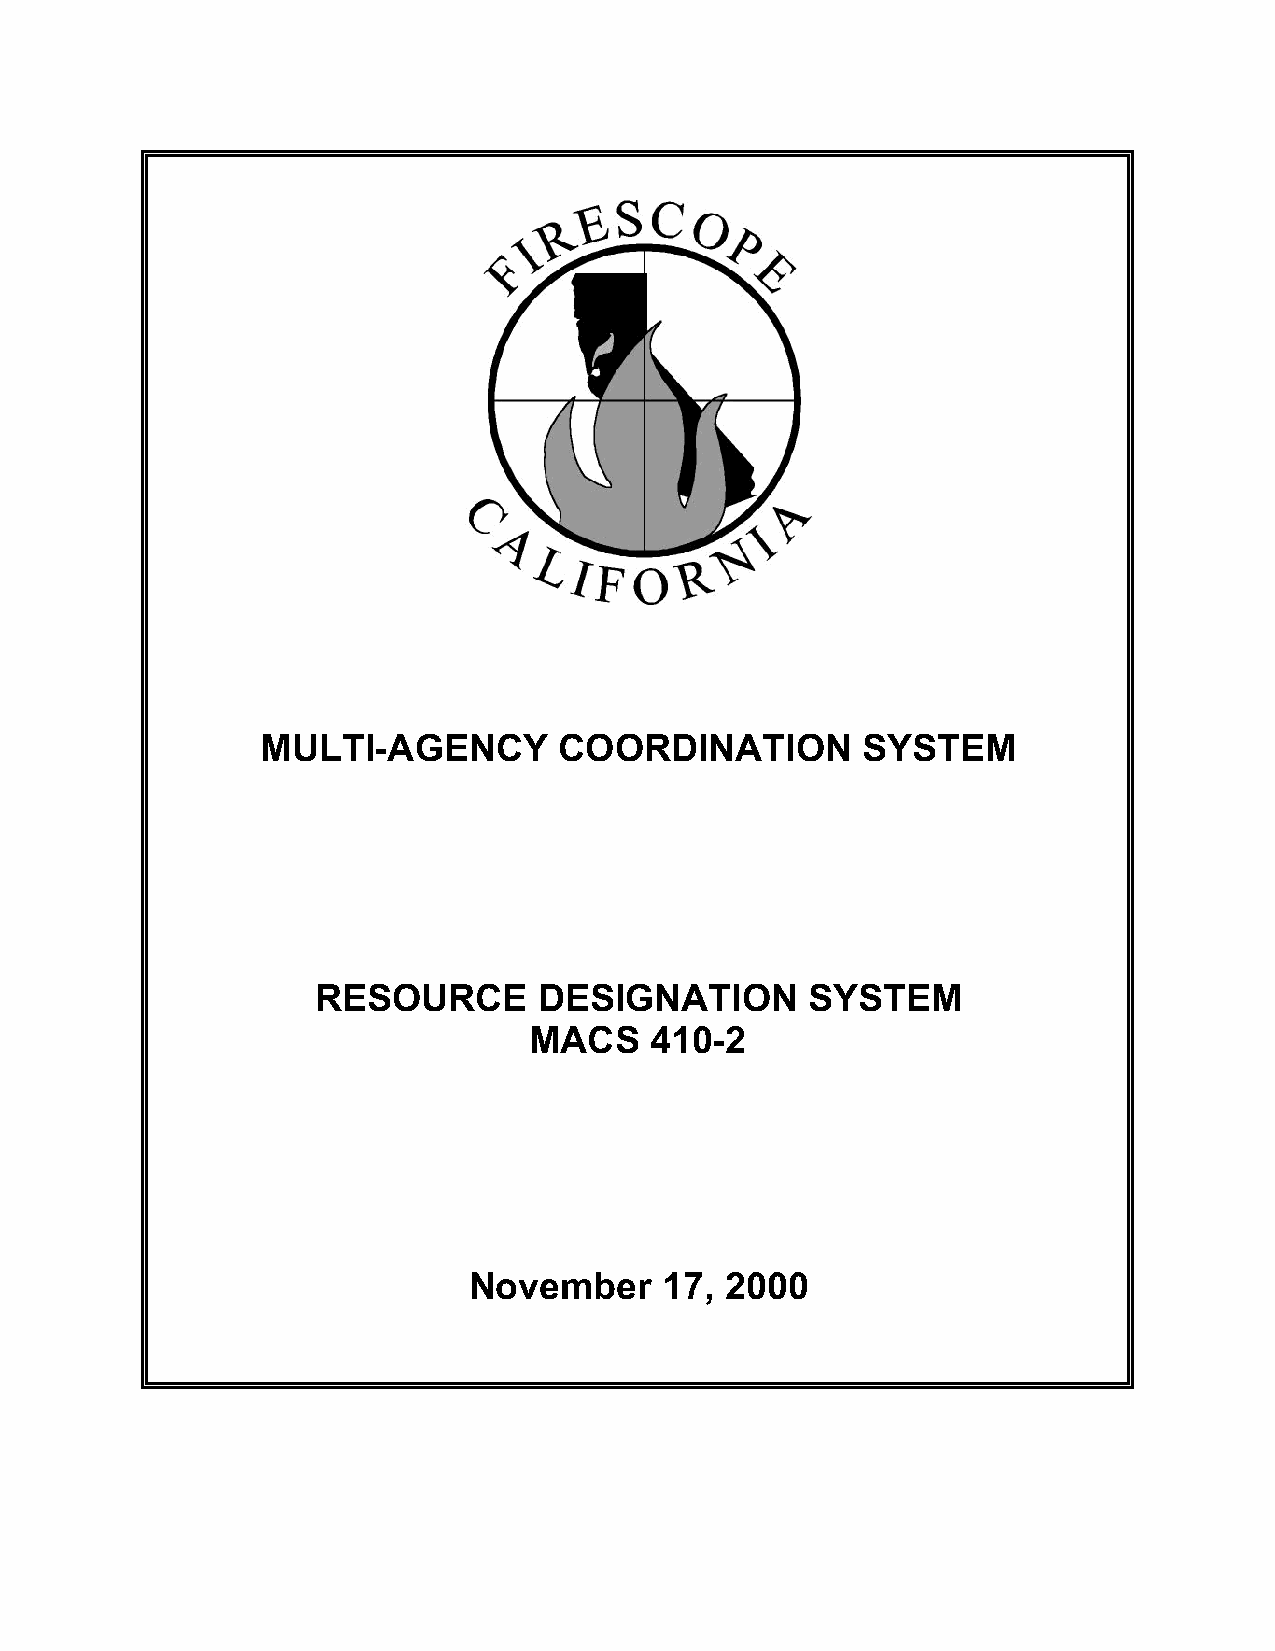
MULTI-AGENCY        COORDINATION        SYSTEM
 RESOURCE       DESIGNATION       SYSTEM
 MACS    410-2
 November     17, 2000